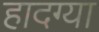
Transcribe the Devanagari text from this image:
हादग्या